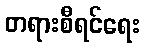
တရားစီရင်ရေး